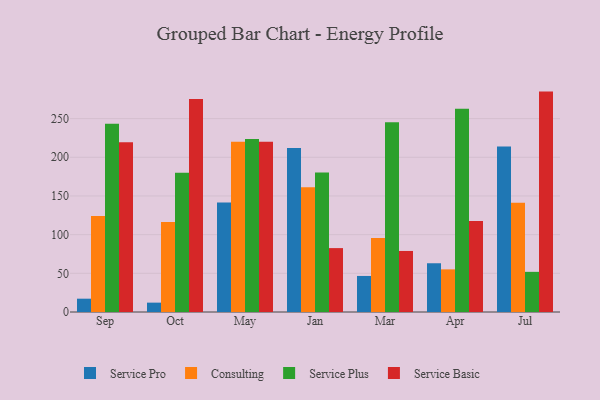
{"axis": {"x": "Month", "y": "Production Output"}, "legend": ["Consulting", "Service Basic", "Service Plus", "Service Pro"], "data": [{"x": "Sep", "y": 17.2, "type": "Service Pro"}, {"x": "Sep", "y": 124.2, "type": "Consulting"}, {"x": "Sep", "y": 243.2, "type": "Service Plus"}, {"x": "Sep", "y": 219.3, "type": "Service Basic"}, {"x": "Oct", "y": 12.1, "type": "Service Pro"}, {"x": "Oct", "y": 116.3, "type": "Consulting"}, {"x": "Oct", "y": 180.0, "type": "Service Plus"}, {"x": "Oct", "y": 275.2, "type": "Service Basic"}, {"x": "May", "y": 141.5, "type": "Service Pro"}, {"x": "May", "y": 220.0, "type": "Consulting"}, {"x": "May", "y": 223.7, "type": "Service Plus"}, {"x": "May", "y": 220.1, "type": "Service Basic"}, {"x": "Jan", "y": 212.0, "type": "Service Pro"}, {"x": "Jan", "y": 161.2, "type": "Consulting"}, {"x": "Jan", "y": 180.4, "type": "Service Plus"}, {"x": "Jan", "y": 82.6, "type": "Service Basic"}, {"x": "Mar", "y": 46.6, "type": "Service Pro"}, {"x": "Mar", "y": 95.6, "type": "Consulting"}, {"x": "Mar", "y": 245.3, "type": "Service Plus"}, {"x": "Mar", "y": 78.9, "type": "Service Basic"}, {"x": "Apr", "y": 63.0, "type": "Service Pro"}, {"x": "Apr", "y": 55.1, "type": "Consulting"}, {"x": "Apr", "y": 262.6, "type": "Service Plus"}, {"x": "Apr", "y": 117.5, "type": "Service Basic"}, {"x": "Jul", "y": 213.9, "type": "Service Pro"}, {"x": "Jul", "y": 141.3, "type": "Consulting"}, {"x": "Jul", "y": 51.9, "type": "Service Plus"}, {"x": "Jul", "y": 284.9, "type": "Service Basic"}]}